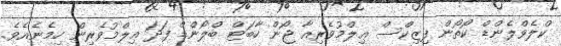
ކްލެވްލެންޑް ކޯތޯން ފިޒިކްސް ޢިލްމުވެރިއާ ޖޯން ހާބަޓް ބްލޯންޑް ފަދަ ޢިލްމުވެރިން ހިމެނެއެވެ.